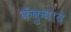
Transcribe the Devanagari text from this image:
कँकुवाद